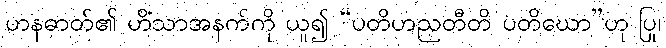
ဟနဓာတ်၏ ဟိံသာအနက်ကို ယူ၍ “ပတိဟညတီတိ ပတိဃော”ဟု ပြု၊